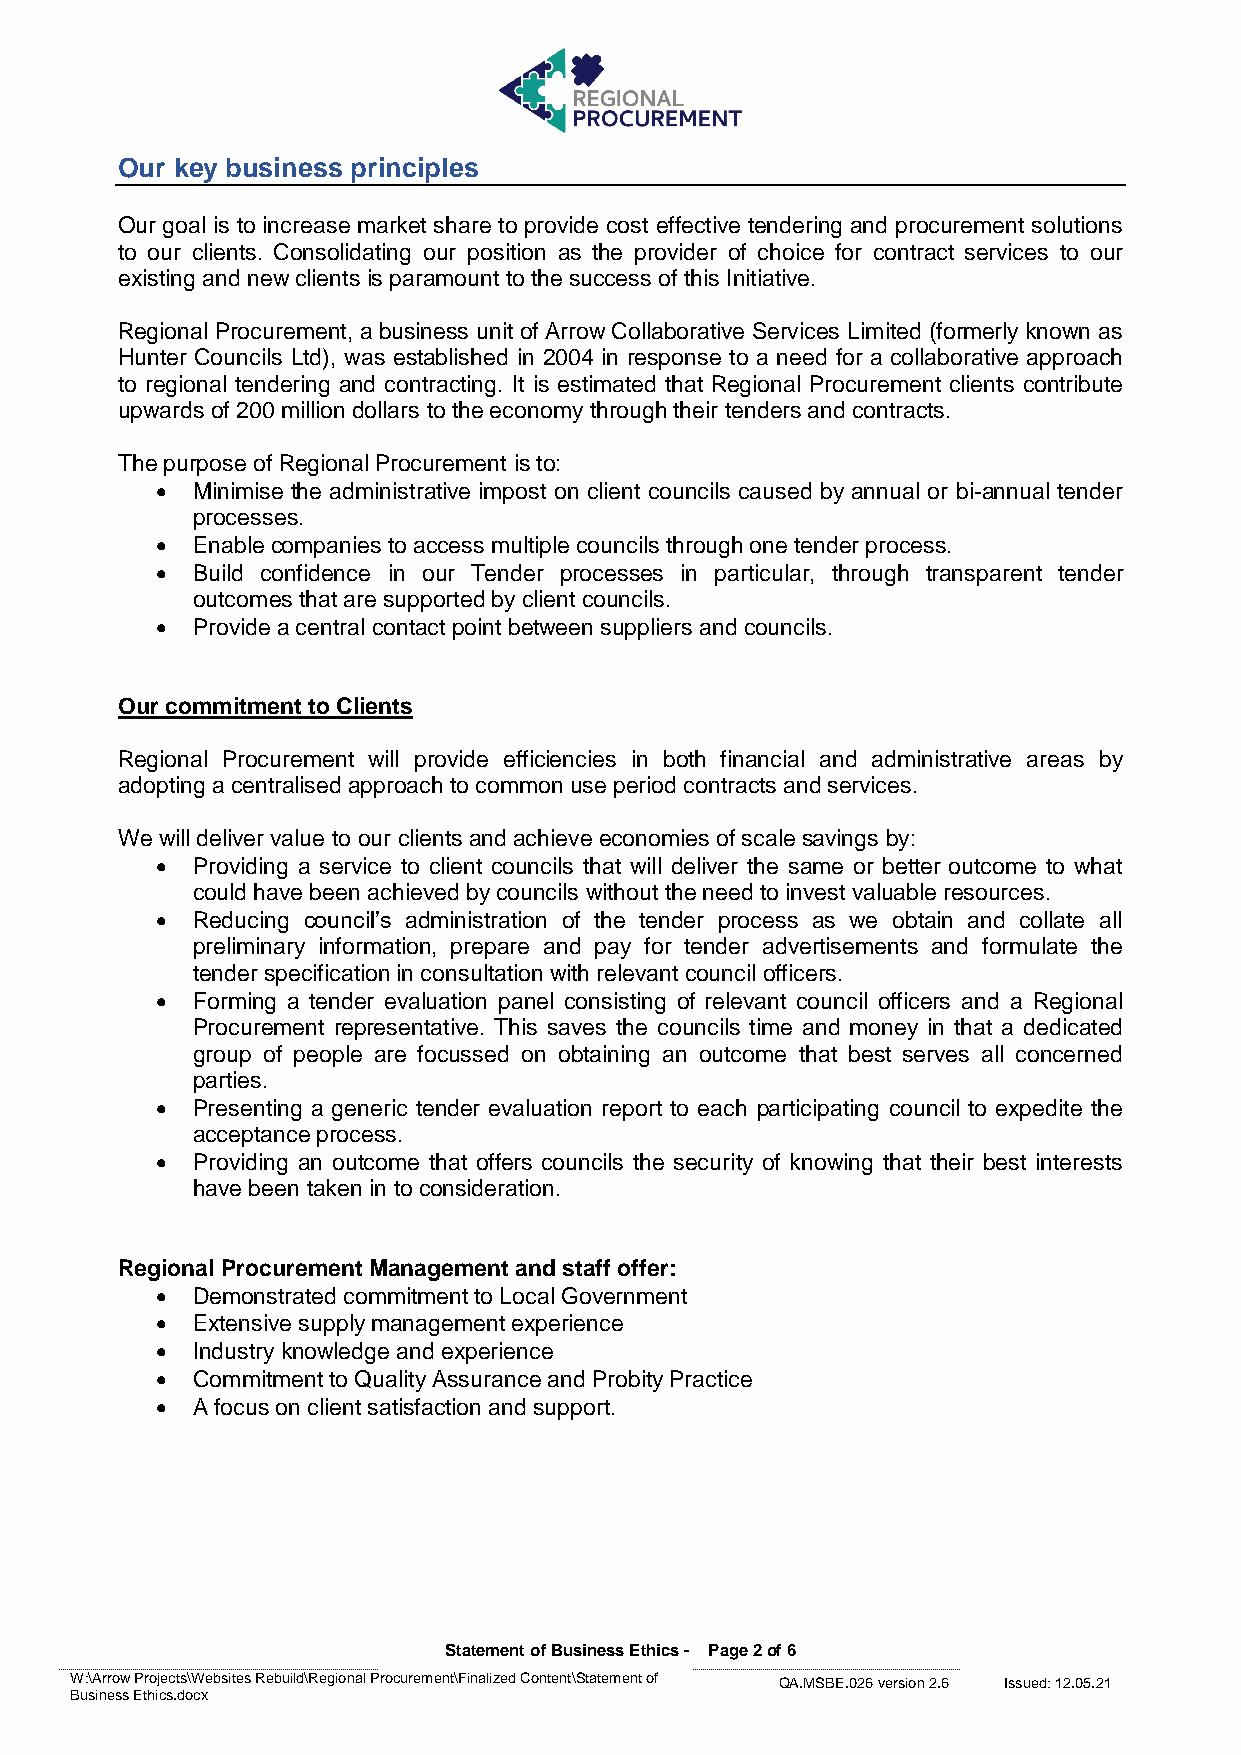
Our key business principles
 Our goal is to increase market share to provide cost effective tendering and procurement solutions
 to our clients. Consolidating our position as the provider of choice for contract services to our
 existing and new clients is paramount to the success of this Initiative.
 Regional Procurement, a business unit of Arrow Collaborative Services Limited (formerly known as
 Hunter Councils Ltd), was established in 2004 in response to a need for a collaborative approach
 to regional tendering and contracting. It is estimated that Regional Procurement clients contribute
 upwards of 200 million dollars to the economy through their tenders and contracts.
 The purpose of Regional Procurement is to:
 •  Minimise the administrative impost on client councils caused by annual or bi-annual tender
 processes.
 •  Enable companies to access multiple councils through one tender process.
 •  Build confidence in our Tender processes in particular, through transparent tender
 outcomes that are supported by client councils.
 •  Provide a central contact point between suppliers and councils.
 Our commitment to Clients
 Regional Procurement will provide efficiencies in both financial and administrative areas by
 adopting a centralised approach to common use period contracts and services.
 We will deliver value to our clients and achieve economies of scale savings by:
 •  Providing a service to client councils that will deliver the same or better outcome to what
 could have been achieved by councils without the need to invest valuable resources.
 •  Reducing council’s administration of the tender process as we obtain and collate all
 preliminary information, prepare and pay for tender advertisements and formulate the
 tender specification in consultation with relevant council officers.
 •  Forming a tender evaluation panel consisting of relevant council officers and a Regional
 Procurement representative. This saves the councils time and money in that a dedicated
 group of people are focussed on obtaining an outcome that best serves all concerned
 parties.
 •  Presenting a generic tender evaluation report to each participating council to expedite the
 acceptance process.
 •  Providing an outcome that offers councils the security of knowing that their best interests
 have been taken in to consideration.
 Regional Procurement Management and staff offer:
 •  Demonstrated commitment to Local Government
 •  Extensive supply management experience
 •  Industry knowledge and experience
 •  Commitment to Quality Assurance and Probity Practice
 •  A focus on client satisfaction and support.
 Statement of Business Ethics - Page 2 of 6
 W:\Arrow Projects\Websites Rebuild\Regional Procurement\Finalized Content\Statement of QA.MSBE.026 version 2.6 Issued: 12.05.21
 Business Ethics.docx